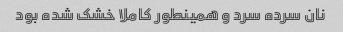
نان سرده سرد و همینطور کاملا خشک شده بود